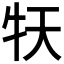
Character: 𤘠